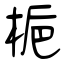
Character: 梔